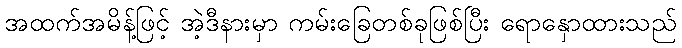
အထက်အမိန့်ဖြင့် အဲ့ဒီနားမှာ ကမ်းခြေတစ်ခုဖြစ်ပြီး ရောနှောထားသည်